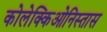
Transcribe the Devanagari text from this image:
कोलेक्किओनिस्तास